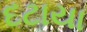
દટાયા